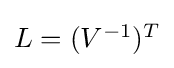
{\textstyle L=(V^{-1})^{T}}